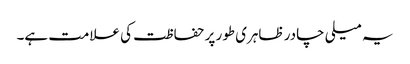
یہ میلی چادر ظاہری طور پر حفاظت کی علامت ہے۔